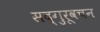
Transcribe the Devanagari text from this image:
सद्गुरूवचन